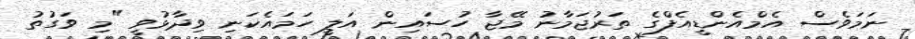
ނަމަވެސް އެމްއެންޑީއެފްގެ ތަރުޖަމާނު މޭޖާ ހުސައިން އަލީ ހަމައެކަނި ވިދާޅުވީ "މި ވަގުތު